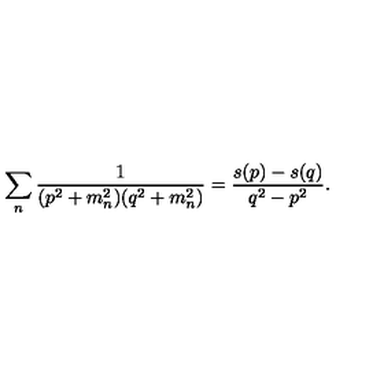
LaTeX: \sum _ { n } { \frac { 1 } { ( p ^ { 2 } + m _ { n } ^ { 2 } ) ( q ^ { 2 } + m _ { n } ^ { 2 } ) } } = { \frac { s ( p ) - s ( q ) } { q ^ { 2 } - p ^ { 2 } } } .